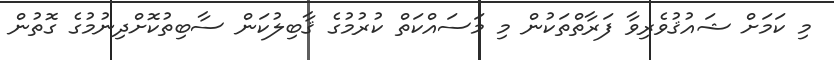
މި ކަމަށް ޝައުޤުވެރިވާ ފަރާތްތަކުން މި މަސައްކަތް ކުރުމުގެ ޤާބިލުކަން ސާބިތުކޮށްދިނުމުގެ ގޮތުން